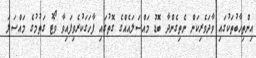
އިންތިހާބުތަކުގައި ވާދަވެރިކަން ނެތިގެންދާ ބޮޑު މައްސަލައެއްގެ ގޮތުގައި ފާހަގަކުރެވިފައިވާ ވޯޓު ގަތުމުގެ މައްސަލަ